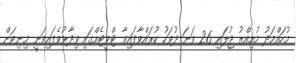
މުހައްމަދު މުއިއްޒު ޖުލައި 26 ވަނަ ދުވަހު ކުރައްވާފައިވާ ޓްވީޓެއްގައި ވިދާޅުވެފައިވަނީ މިނިވަން